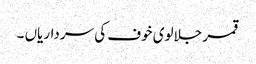
قمر جلالوی خوف کی سرداریاں ۔